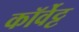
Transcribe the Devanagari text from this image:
कॉर्वेट्ट